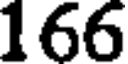
166